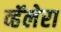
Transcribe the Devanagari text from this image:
व्हॅलेरा